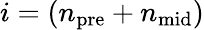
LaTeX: i=(n_{\mathrm{pre}}+n_{\mathrm{mid}})